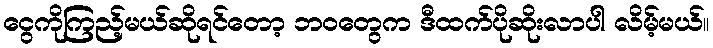
ငွေကိုကြည့်မယ်ဆိုရင်တော့ ဘဝတွေက ဒီထက်ပိုဆိုးလာပါ လိမ့်မယ်။